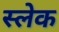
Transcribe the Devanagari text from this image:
स्लेक